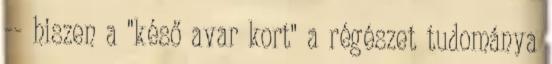
-- hiszen a "késő avar kort" a régészet tudománya